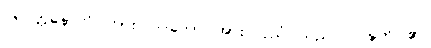
ပရိဝတ္တနောတိ၊ ကား။ ဒဒတော၊ အား။ ပုညံ၊ သည်။ ပဝဍ္ဎတိ၊ ၏။